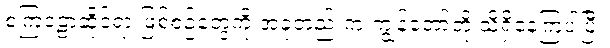
စကြဝဠာဆိုင်ရာ ဖြစ်စဉ်တွေကို အခုတည်းက ကျွန်တော်တို့ သိရှိနေကြပါပြီ။